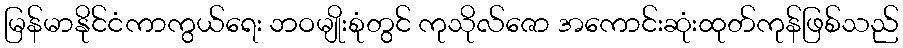
မြန်မာနိုင်ငံကာကွယ်ရေး ဘဝမျိုးစုံတွင် ကုသိုလ်ဇော အကောင်းဆုံးထုတ်ကုန်ဖြစ်သည်